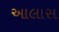
આલાસ